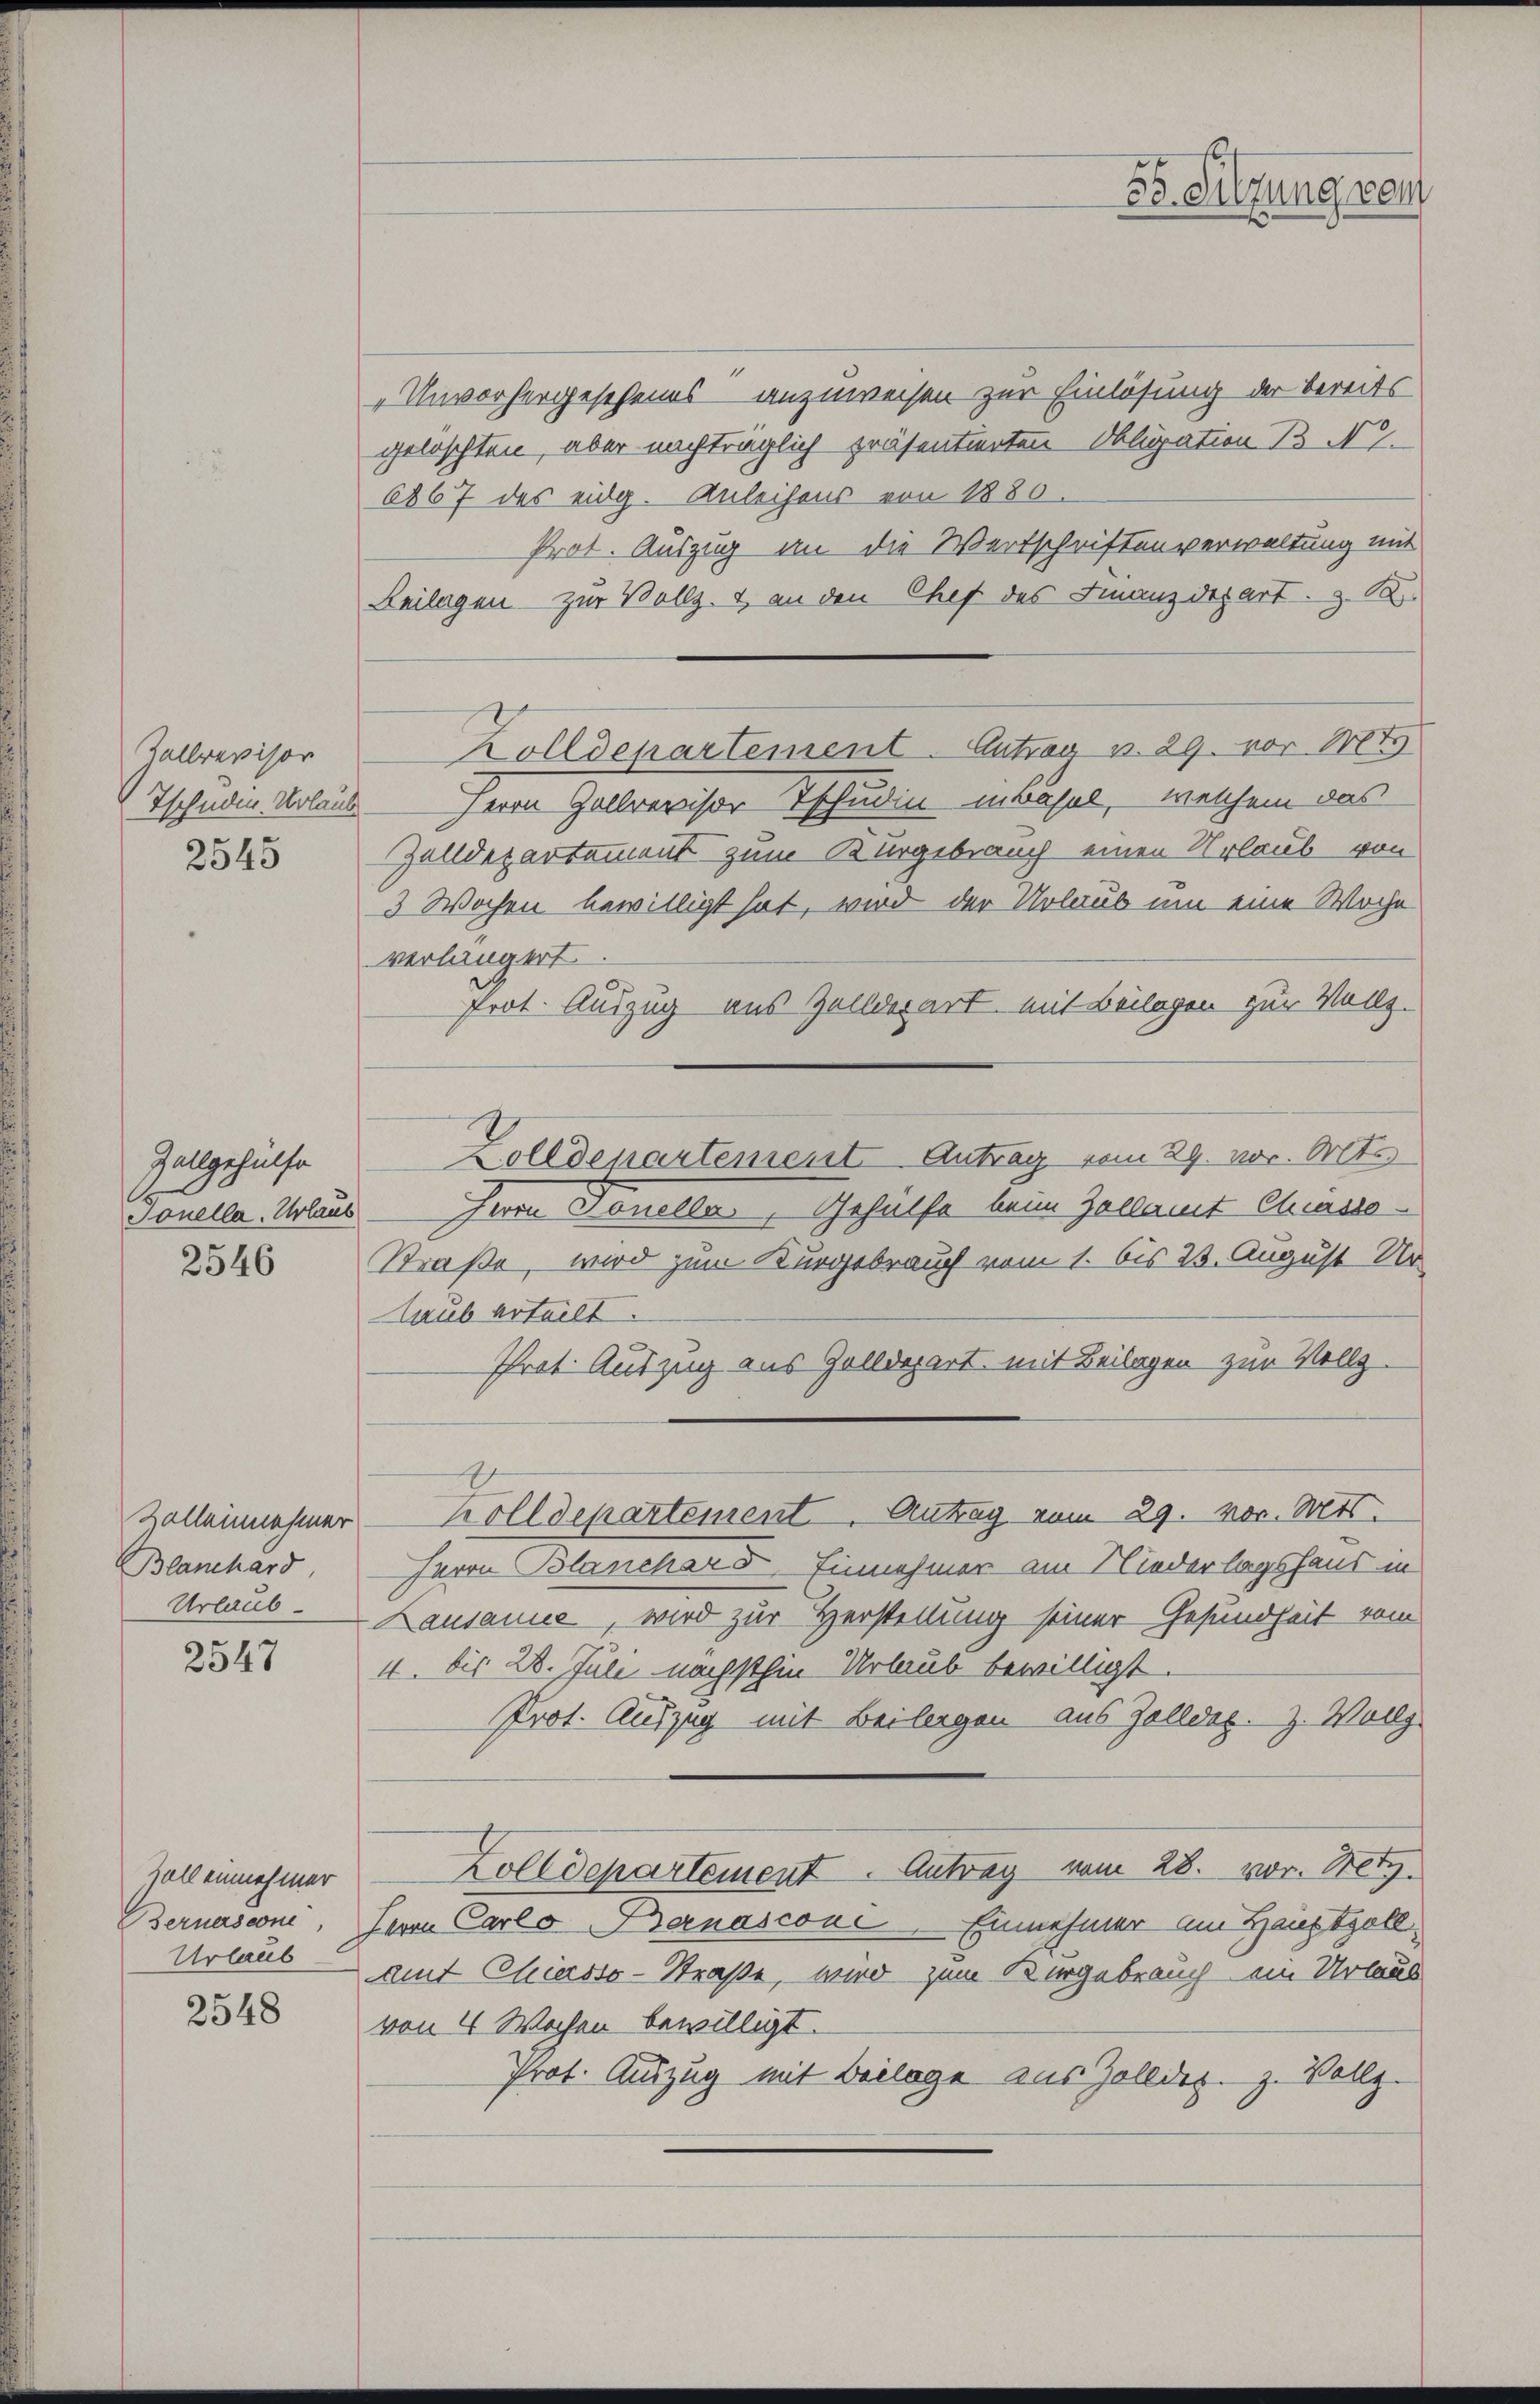
Zellrevisor
Tsehnden Urlaub
2545

Zallgehülfe
Jonella. Urlaub
2546

Blanchard
Urlaub.

2547

soll einnehmer
Bernasconi,
Urlaub

2548

„Unvorhergescheins anzuweisen zur Einlösung der bereits
gelöschten, aber nachträglich präsentierten Obligation B N.9.
6867 des eidg. Anleihens von 1880
Prot. Auszug an die Wertschriften verwaltung mit
Reilagen zur Vollz. & an den Chef des Finanzdepart z. B.
Zolldepartement. Antrag v. 29. vor. Mt
" Herrn Hollrevisor Tschudin in Basel, welchem das
Zelldepartement zum Kurgebrauch einen Urlaub von
3 Wochen bewilligt hat, wird der Urlaub um eine Woche
verlängert.
Prot. Auszug aus Zolldepart mit Beilagen zur Vollz
Zolldepartement Antrag vom 29. vor. Mts.
Herrn Tonella. Gehülfe beim Zollamt Chiassa¬
Straße, wird zum Kurgebrauch vom 1. bis 23. August Ur
laub erteilt.
Prot. Auszug aus Golldepart, mit Beilagen zur Vollz
Zollenehmer Zolldepartement Antrag vom 29. vor. Mts.
Herrn Blancher 5 Einnehmer am Niederlagshand in
Lausanne, wird zur Herstellung seiner Gesundheit vom
4. bis 28. Juli nächsthin Urlaub bewilligt.
Prot. Auszug mit Beilagen aus Zolldes. Z. Vollz
Zolldepartement. Antrag vom 28. vor. Netz
Herrn Carlo Banascone. Einnehmer am Hauptzoll
ait Chiasso-Straße, wird zum Bergebrauch ein Urlaub
von 4 Wochen bewilligt.
Prot. Auszug mit Beilage aus Zolldez. Z. Vollz

35. Sitzung vom